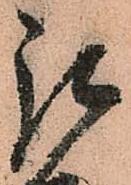
被